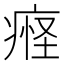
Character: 𬏴